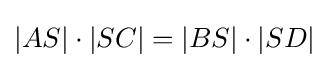
|AS|\cdot |SC|=|BS|\cdot |SD|